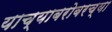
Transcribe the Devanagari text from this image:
याच्याबरोबरच्या